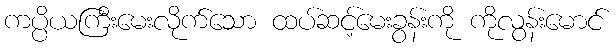
ကပ္ပိယကြီးမေးလိုက်သော ထပ်ဆင့်မေးခွန်းကို ကိုလွန်းမောင်